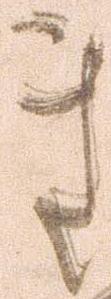
き